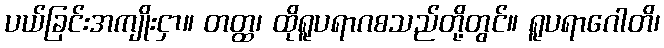
ပယ်ခြင်းအကျိုးငှာ။ တတ္ထ၊ ထိုရူပရာဂစသည်တို့တွင်။ ရူပရာဂေါတိ၊